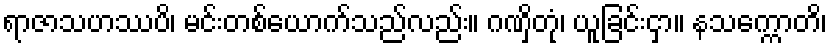
ရာဇာသဟဿပိ၊ မင်းတစ်ယောက်သည်လည်း။ ဂဏှိတုံ၊ ယူခြင်းငှာ။ နသက္ကောတိ၊